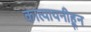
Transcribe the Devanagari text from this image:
कात्यायनीहून